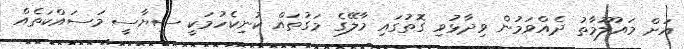
އަށް މައުލޫމާތު ދެއްވަމުން ވިދާޅުވި ގޮތުގައި މާލޭގެ މަގުތައް ކުނިކެހުމަކީ ސިޔާސީ މަސައްކަތެއް